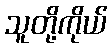
သူတို့ကိုယ်